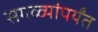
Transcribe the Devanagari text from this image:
सगळ्यांपर्यंत